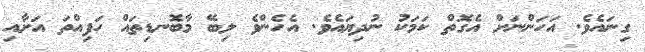
ގިނައެވެ. އަހަންނަށް އެގޮތް ކަމަކު ނުދިޔައެވެ. އެހެންވެ ލިބޭ މާބޮނޑިތައް ހަފިއްތަ އަށާއި